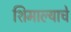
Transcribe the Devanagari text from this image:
शिमाल्याचे